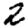
Digit: 2